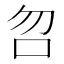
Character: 𠯳